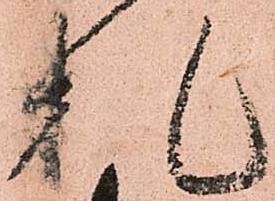
札